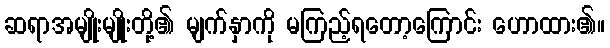
ဆရာအမျိုးမျိုးတို့၏ မျက်နှာကို မကြည့်ရတော့ကြောင်း ဟောထား၏။